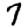
Digit: 7